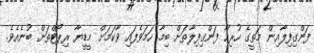
ފަންގިފިލާއިން މަތީގެ ހުރިހާ ފަންގިފިލާތަށް ބިމާ ހަމަވެފައި ވާކަމަށް މީޑީޔާ ރިޕޯޓްތަށް ބުނެއެވެ.